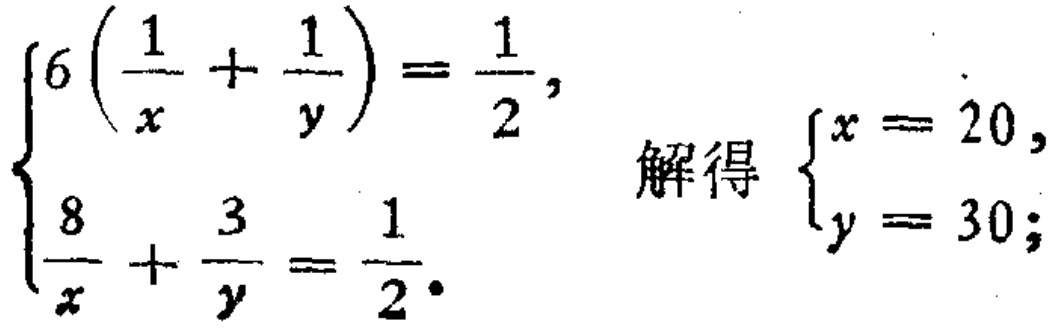
\[\begin{cases}
6\left(\frac{1}{x}+\frac{1}{y}\right)=\frac{1}{2}, \\
\frac{8}{x}+\frac{3}{y}=\frac{1}{2}.
\end{cases}
\quad 解得 \quad
\begin{cases}
x = 20, \\
y = 30;
\end{cases}\]